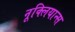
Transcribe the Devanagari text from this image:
नूक्लियान्स